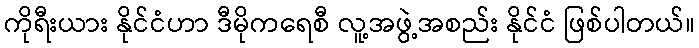
ကိုရီးယား နိုင်ငံဟာ ဒီမိုကရေစီ လူ့အဖွဲ့အစည်း နိုင်ငံ ဖြစ်ပါတယ်။